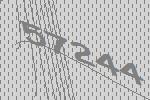
57244